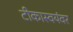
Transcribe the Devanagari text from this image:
टीकास्वयंवर